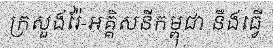
ក្រសួងរ៉ែ-អគ្គិសនីកម្ពុជា នឹងធ្វើ